65_HS1-834228961_62-HQ-83894_Section_2
Agency: FBI
Page 139
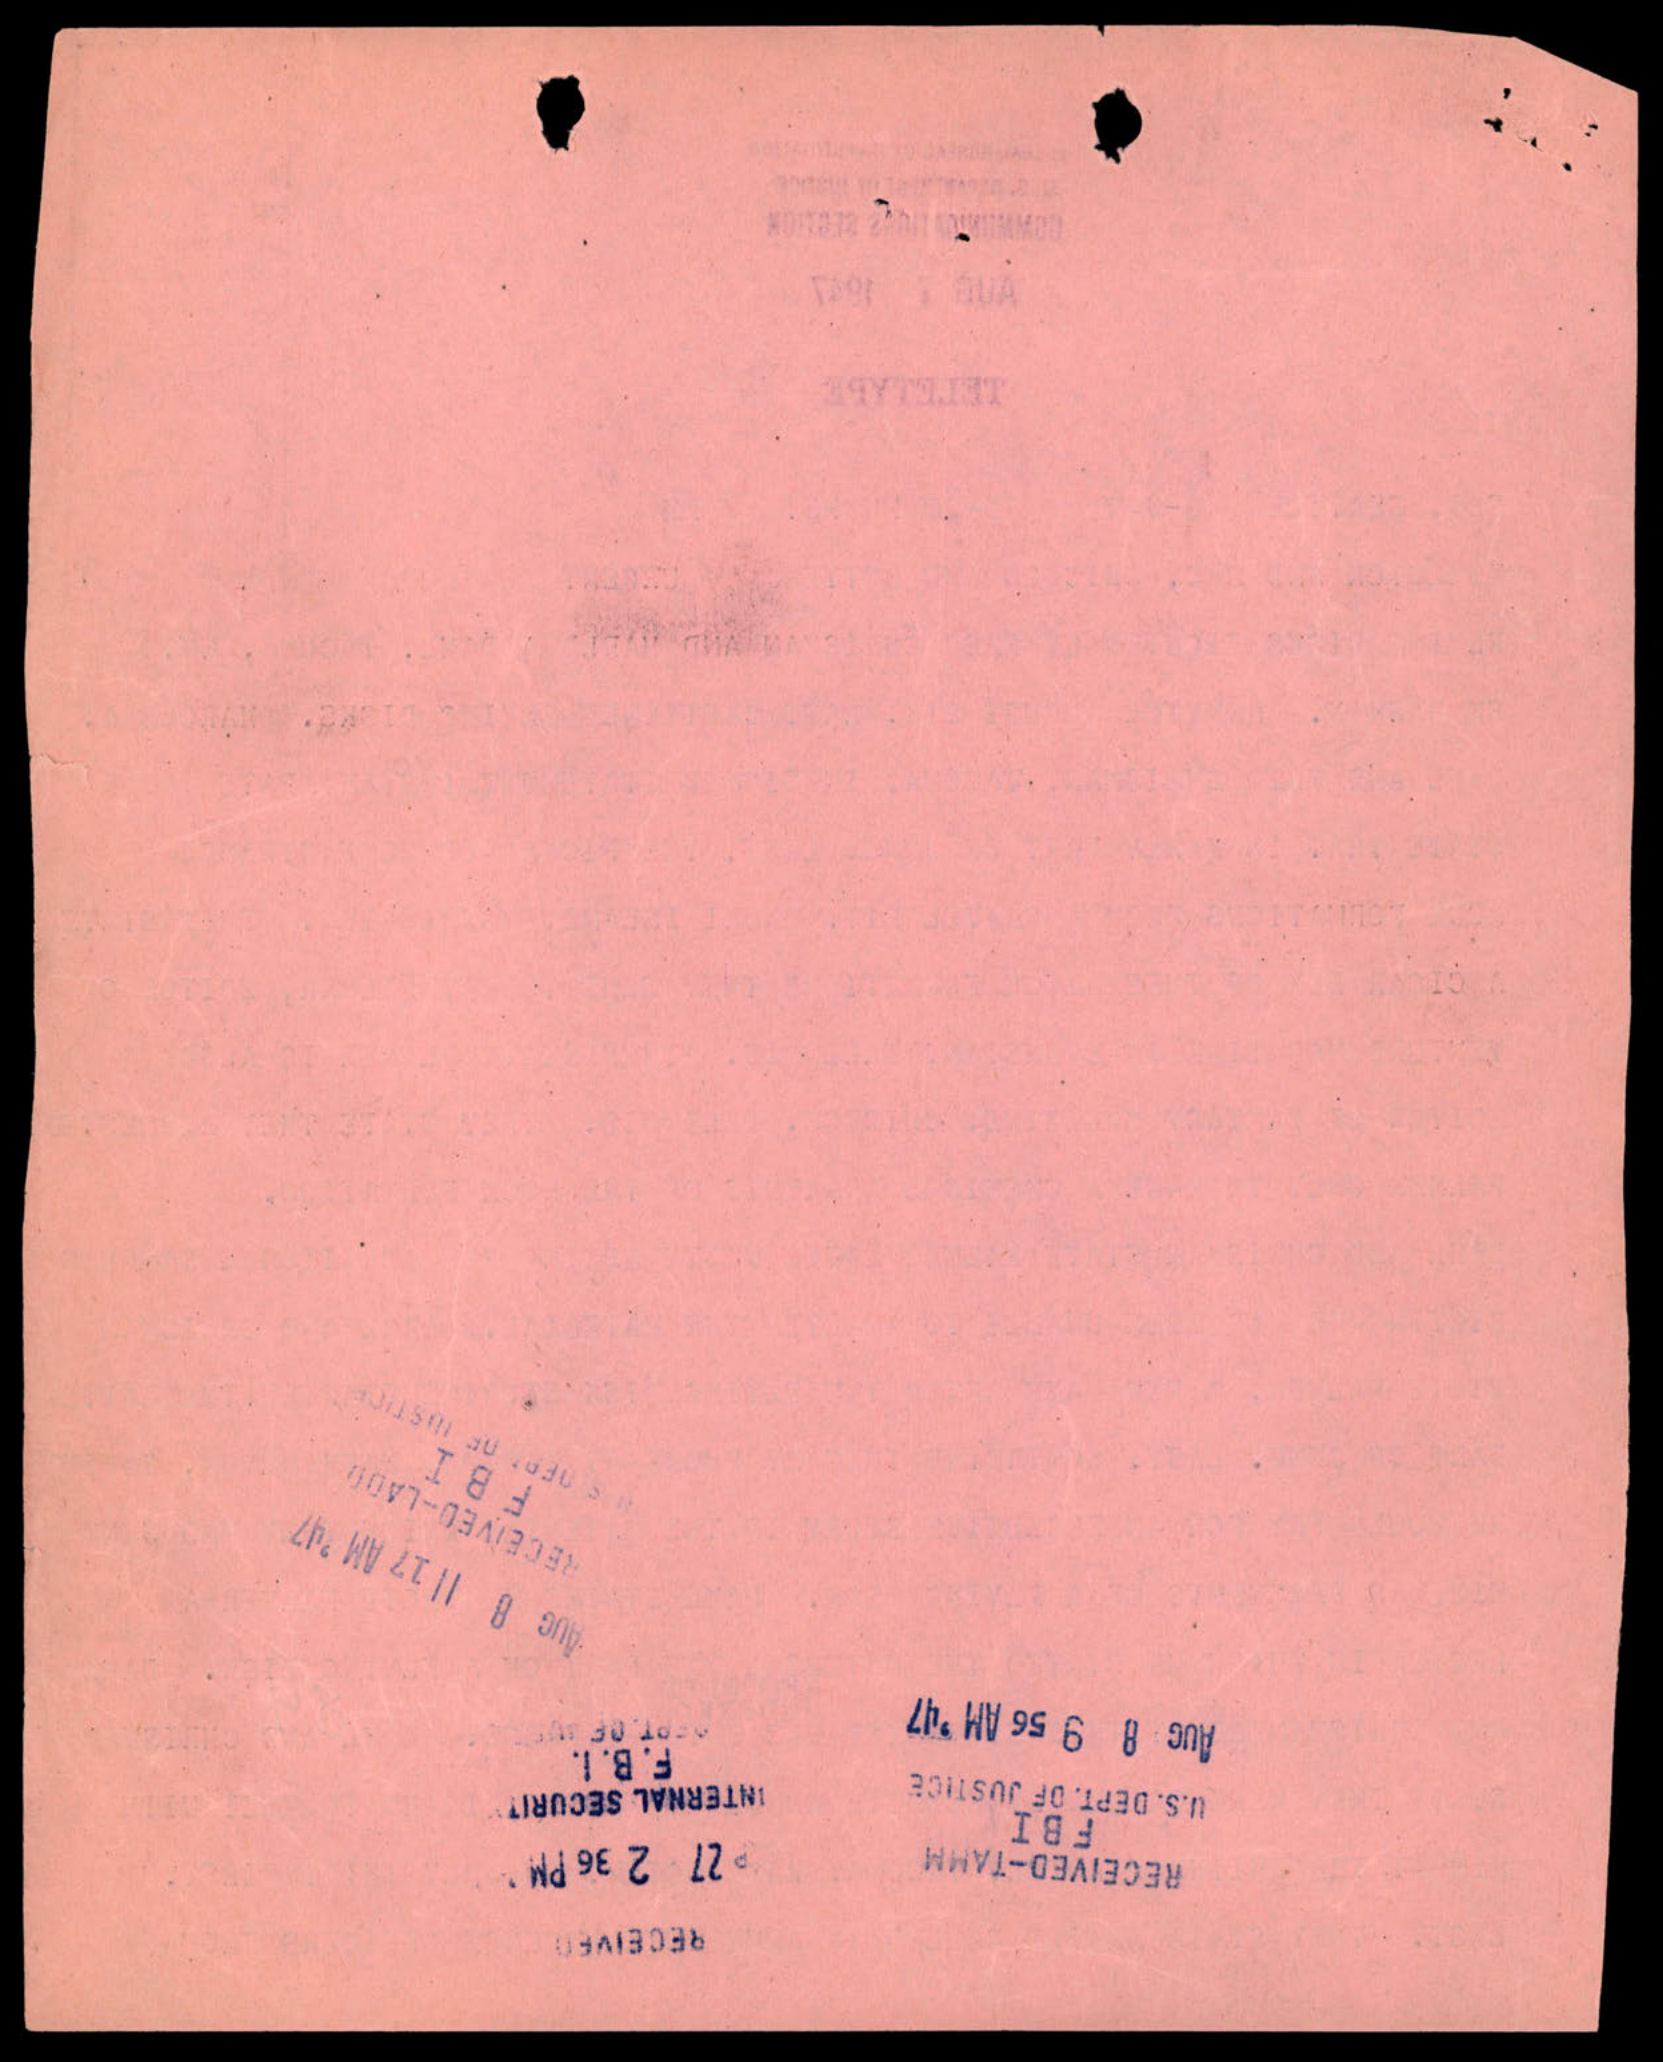